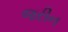
જરીન